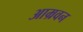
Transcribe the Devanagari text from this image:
आम्रवन